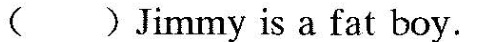
( )Jimmy is a fat boy.